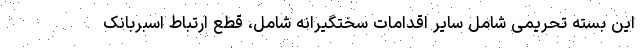
این بسته تحریمی شامل سایر اقدامات سختگیرانه شامل، قطع ارتباط اسبربانک